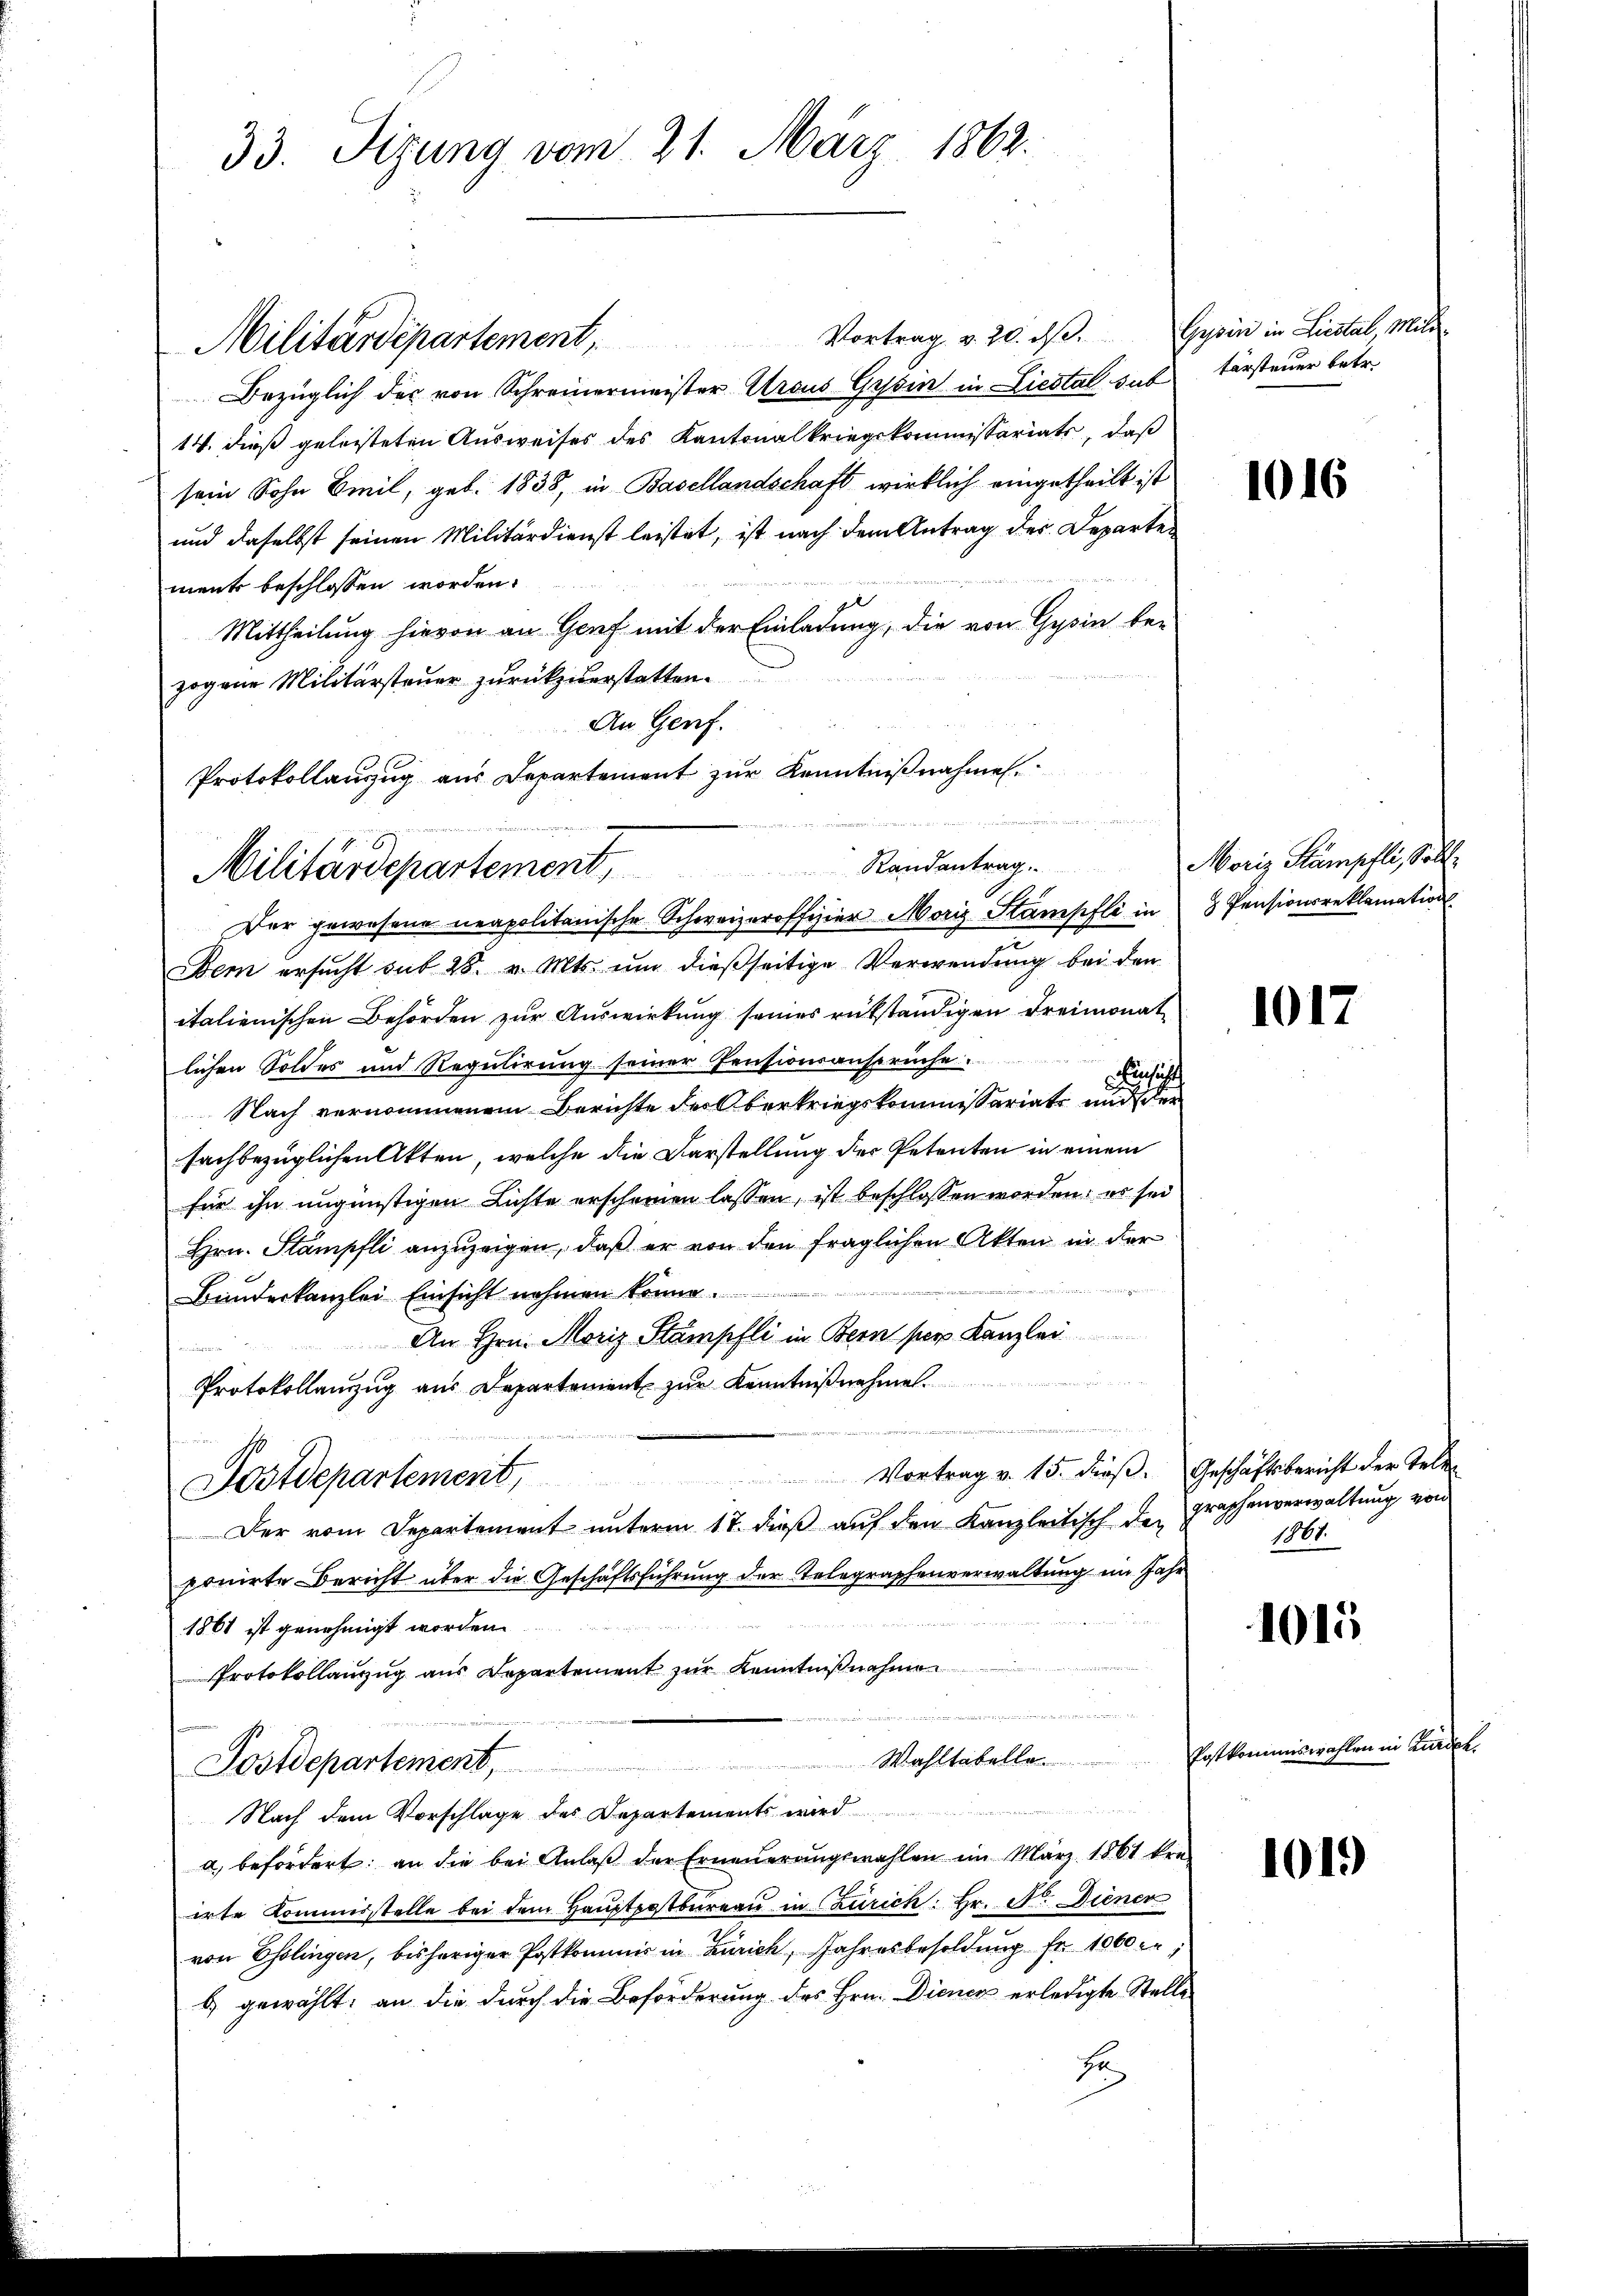
33. Sizung vom 21. März 1862.

Vortrag v. 20. dβ. Gysin in Liestal, Mili
Bezüglich der von Schreinermeister Araus Gessin in Liestal sab
14. dieß geleisteten Ausweises des Kantonalkriegskommissariats, daß
sein Sohn Emil, geb. 1838, in Basellandschaft wirklich eingetheilt ist
und daselbst seinen Militärdienst leistet, ist nach dem Antrag des Departe
ment beschlossen worden.
Mittheilung hievon an Genf mit der Einladung, die von Gysin be-
zogene Militärsteuer zurückzuerstatten.
An Genf.
Protokollauszug aus Departement zur Kenntnißnahmen.

Randantrag
Militärdepartement,

Postdepartement,

Militärdepartement,

Der gewesene neapolitanische Schweizeroffizier Morig Stampfli in 3 Pensionsreklamations-
Dem ersŭcht sub 28. v. Mts. ŭm dießseitige Verwendung bei den
italienischen Behörden zur Auswirkung seines rükständigen Freimonat
lichen Soldes und Regulirung seiner Pensionsansprüche
echis
Nach vernommenem Berichte des Oberkriegskommissariate und der
sachbezüglichen Akten, welche die Darstellung der Petenten in einem
für ihn ungünstigen Lichte erscheinen lassen, ist beschlossen worden: es sei
Hrn. Stampfli anzuzeigen, daß er von den fraglichen Akten in der
Bauderkanzlei Einsicht nehmen könne.
An Hrn. Moriz Stämpfli in Bern per Kanzlei
Protokollenzug aus Departement zur Kenntnißnahme.
n
Vortrag v. 15. dieß. Geschäftsbericht der Tele¬
Der vom Departement unterm 17. dieß auf den Kanzleitisch der Fraphenverwaltung von
pruirte Bericht über die Geschäftsführung der Telegraphenverwaltung im Jahr
1861 ist genehmigt worden.
Protokollanzzug aus Repartement zur Kenntnißnahmen
n
Wohltabelle

Postdepartement,
.
Nach dem Vorschlage des Departements wird
a) befördert: an die bei Anlaβ der Erneuerungswahlen im März 1861 kre-
irte Kommisstelle bei dem Hauptpostbureau in Zürich: Hr. Dr. Diener
von Esslingen, bisheriger Postkommis in Zürich, Jahresbesoldung fr. 1000 er,
b) gewählt: an die durch die Beförderung des Hrn. Diener erledigte Stelle
E

tärsteuer betr.

1016

Moriz Kämpfli, Soll

1017

1861.

1015

Postkommiswahlen in Kadet.

1019